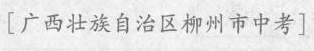
[广西壮族自治区柳州市中考]